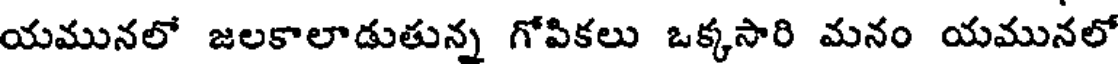
యమునలో జలకాలాడుతున్న గోపికలు ఒక్కసారి మనం యమునలో